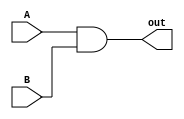
module AND (
    input A,
    input B, 
    output out);
    assign #(1:4.5:8,1:4.5:8) out = A & B;
endmodule